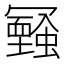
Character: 𠖧